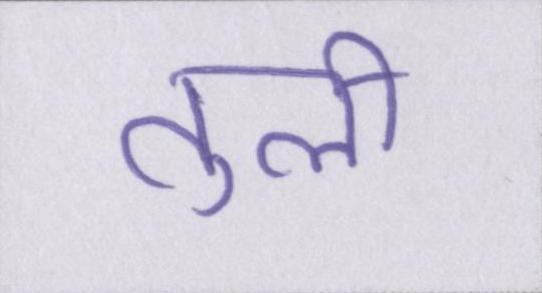
तुली